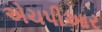
એચપીઆર